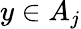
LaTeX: y\in A_{j}